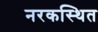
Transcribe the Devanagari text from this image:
नरकस्थित